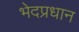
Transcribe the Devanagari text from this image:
भेदप्रधान